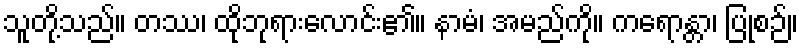
သူတို့သည်။ တဿ၊ ထိုဘုရားလောင်း၏။ နာမံ၊ အမည်ကို။ ကရောန္တာ၊ ပြုစဉ်။